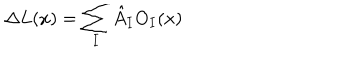
\Delta L ( x ) = \sum _ { I } \hat { A } _ { I } O _ { I } ( x )